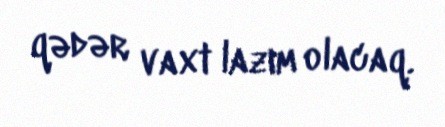
qədər vaxt lazım olacaq.